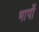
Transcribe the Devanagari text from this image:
भापों